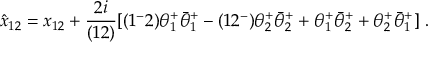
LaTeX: \hat { x } _ { 1 2 } = x _ { 1 2 } + { \frac { 2 i } { ( 1 2 ) } } [ ( 1 ^ { - } 2 ) \theta _ { 1 } ^ { + } \bar { \theta } _ { 1 } ^ { + } - ( 1 2 ^ { - } ) \theta _ { 2 } ^ { + } \bar { \theta } _ { 2 } ^ { + } + \theta _ { 1 } ^ { + } \bar { \theta } _ { 2 } ^ { + } + \theta _ { 2 } ^ { + } \bar { \theta } _ { 1 } ^ { + } ] \ .